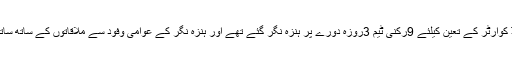
10جون کو وزیر قانون ڈاکٹر علی مدد شیر کی سربراہی میں ضلع ہنزہ نگر کے ڈسٹرکٹ ہیڈ کوارٹر کے تعین کیلئے 9رکنی ٹیم 3روزہ دورے پر ہنزہ نگر گئے تھے اور ہنزہ نگر کے عوامی وفود سے ملاقاتوں کے ساتھ ساتھ سیاحتی مقامات اور ضلعی ہیڈ کوارٹر کے تعین کیلئے مختلف مقامات کا دورہ بھی کیا تھا۔